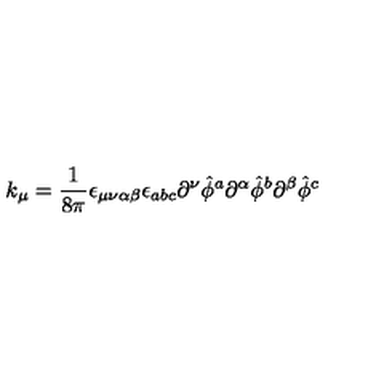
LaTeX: k _ { \mu } = { \frac { 1 } { 8 \pi } } \epsilon _ { \mu \nu \alpha \beta } \epsilon _ { a b c } \partial ^ { \nu } { \hat { \phi } } ^ { a } \partial ^ { \alpha } { \hat { \phi } } ^ { b } \partial ^ { \beta } { \hat { \phi } } ^ { c }